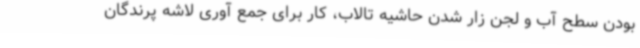
بودن سطح آب و لجن زار شدن حاشیه تالاب، کار برای جمع آوری لاشه پرندگان